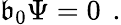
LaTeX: \mathfrak{b}_{0}\Psi=0\left.\right.\ .